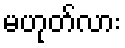
မဟုတ်လား